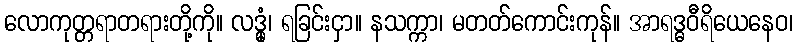
လောကုတ္တရာတရားတို့ကို။ လဒ္ဓုံ၊ ရခြင်းငှာ။ နသက္ကာ၊ မတတ်ကောင်းကုန်။ အာရဒ္ဓဝီရိယေနေဝ၊